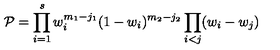
{ \cal P } = \prod _ { i = 1 } ^ { s } w _ { i } ^ { m _ { 1 } - j _ { 1 } } ( 1 - w _ { i } ) ^ { m _ { 2 } - j _ { 2 } } \prod _ { i < j } ( w _ { i } - w _ { j } )